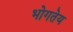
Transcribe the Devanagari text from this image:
भोगतेय